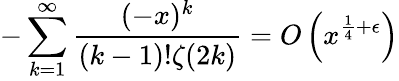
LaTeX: -\sum_{k=1}^{\infty}{\frac{(-x)^{k}}{(k-1)!\zeta(2k)}}=O\left(x^{{\frac{1}{4}}+\epsilon}\right)